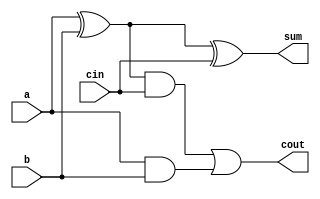
//Mux de dos entradas de 1 bit realizado a partir de puertas
module fa(output wire cout, sum, input wire a, b, cin);

//Declaracin de conexiones internas
wire  a_xor_b, z_and_c, a_and_b;

//Clculo de la salida
xor xor0 (a_xor_b, a, b);
xor xor1 (sum, a_xor_b, cin);

//Clculo del carry
and and0 (z_and_c, a_xor_b, cin);
and and1 (a_and_b, a, b);
or  or0  (cout, z_and_c, a_and_b);


endmodule